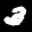
Label: 3